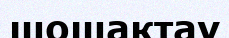
шошақтау